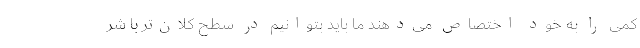
کمی را به خود اختصاص می‌دهند ما باید بتوانیم در سطح کلان‌تر با شر